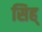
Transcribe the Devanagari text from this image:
सिह्